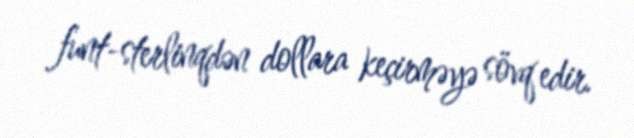
funt-sterlinqdən dollara keçirməyə sövq edir.